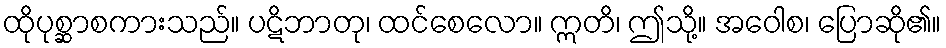
ထိုပုစ္ဆာစကားသည်။ ပဋိဘာတု၊ ထင်စေလော။ ဣတိ၊ ဤသို့။ အဝေါစ၊ ပြောဆို၏။